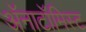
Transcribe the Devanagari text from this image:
अॅनाटॉमिस्ट